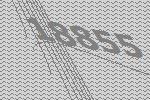
18855